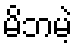
မိဘမဲ့